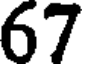
67